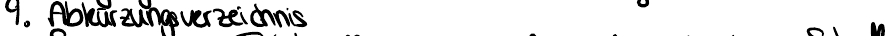
9. Abkürzungsverzeichnis